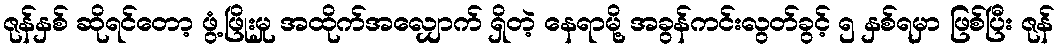
ဇုန်နှစ် ဆိုရင်တော့ ဖွံ့ဖြိုးမှု အထိုက်အလျှောက် ရှိတဲ့ နေရာမို့ အခွန်ကင်းလွတ်ခွင့် ၅ နှစ်ရမှာ ဖြစ်ပြီး ဇုန်